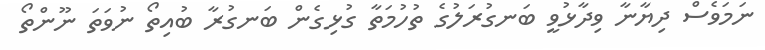
ނަމަވެސް ދިޔާނާ ވިދާޅުވީ ބަނގުރަލުގެ ތުހުމަތާ ގުޅިގެން ބަނގުރާ ބުއިތޯ ނުވަތަ ނޫންތޯ